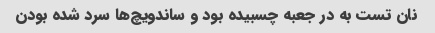
نان تست به در جعبه چسبیده بود و ساندویچ‌ها سرد شده بودن